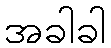
အခါခါ